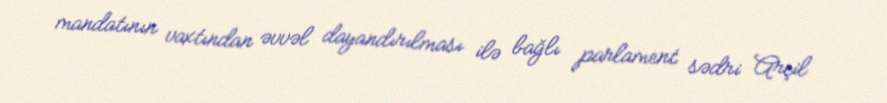
mandatının vaxtından əvvəl dayandırılması ilə bağlı parlament sədri Arçil